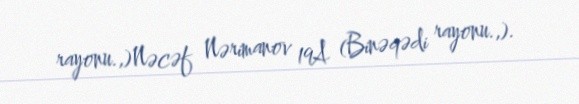
rayonu.,)Nəcəf Nərimanov 19A (Binəqədi rayonu.,).